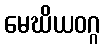
မေဃိယဝဂ္ဂ